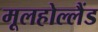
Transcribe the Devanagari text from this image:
मूलहोल्लैंड